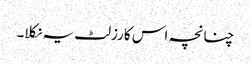
چنانچہ اس کا رزلٹ یہ نکلا۔